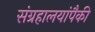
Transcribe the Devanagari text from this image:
संग्रहालयांपैकी